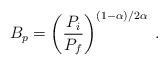
LaTeX: \begin{align*}B_p = \left ( \frac{P_i}{P_f} \right )^{(1-\alpha)/2\alpha} \; .\end{align*}